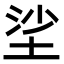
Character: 𡋷